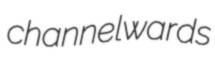
channelwards